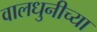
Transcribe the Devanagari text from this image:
वालधुनीच्या